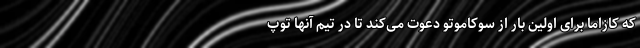
که کازاما برای اولین بار از سوکاموتو دعوت می‌کند تا در تیم آنها توپ